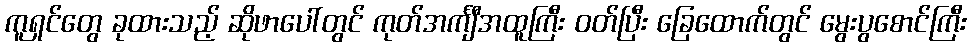
ကူရှင်တွေ ခုထားသည့် ဆိုဖာပေါ်တွင် ကုတ်အင်္ကျီအထူကြီး ဝတ်ပြီး ခြေထောက်တွင် မွေးပွစောင်ကြီး